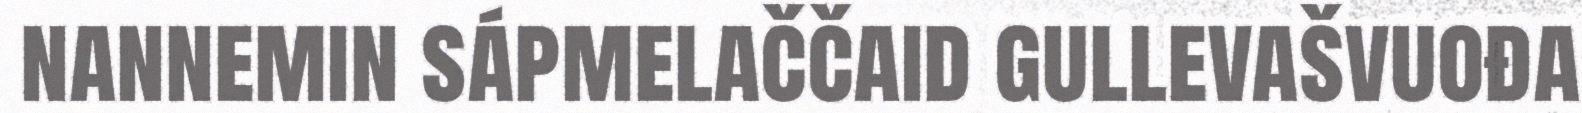
nannemin sápmelaččaid gullevašvuođa